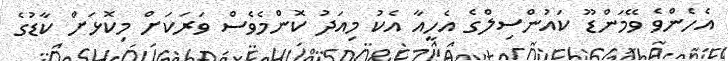
އެހެންވެ ވޭމަންޑޫ ކައުންސިލްގެ އެހީއާ އެކު މިއަދު ކޮންމެވެސް ވަރަކަށް މިކޮޅަށް ކާޑުގެ